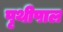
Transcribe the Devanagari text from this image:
पृथीपाल